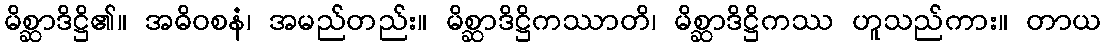
မိစ္ဆာဒိဋ္ဌိ၏။ အဓိဝစနံ၊ အမည်တည်း။ မိစ္ဆာဒိဋ္ဌိကဿာတိ၊ မိစ္ဆာဒိဋ္ဌိကဿ ဟူသည်ကား။ တာယ